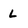
Character: L